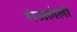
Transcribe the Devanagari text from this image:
गंजलेली